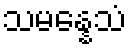
သမန္နေသံ